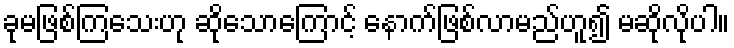
ခုမဖြစ်ကြသေးဟု ဆိုသောကြောင့် နောက်ဖြစ်လာမည်ဟူ၍ မဆိုလိုပါ။